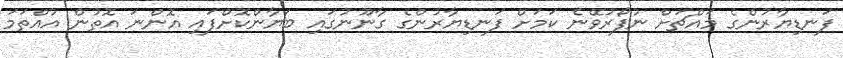
ފަނޑިޔާރުންގެ މައްޗަށް ނުފޯރުވޭނެ ކަމަށް ފަނޑިޔާރުންގެ ގާނޫނުގައި ބަޔާންކޮށްފައި އޮންނަ އޮތުން އުއްތަމަ